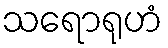
သရောရုဟံ